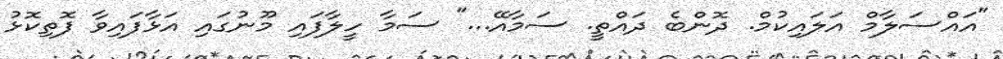
"އައްސަލާމް އަލައިކުމް. ދޮންބެ ދައްތީ. ސަމާއޭ..." ސަމާ ހީލާފައި މޫނުގައި އަޅާފައިވާ ފޮތިކޮޅު